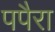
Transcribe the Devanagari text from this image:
पपैरा